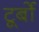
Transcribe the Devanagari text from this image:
टूर्बो